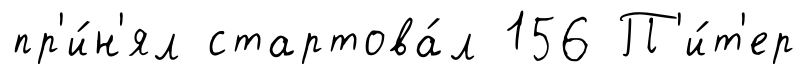
пр'и́н'ял стартова́л 156 П'и́т'ер